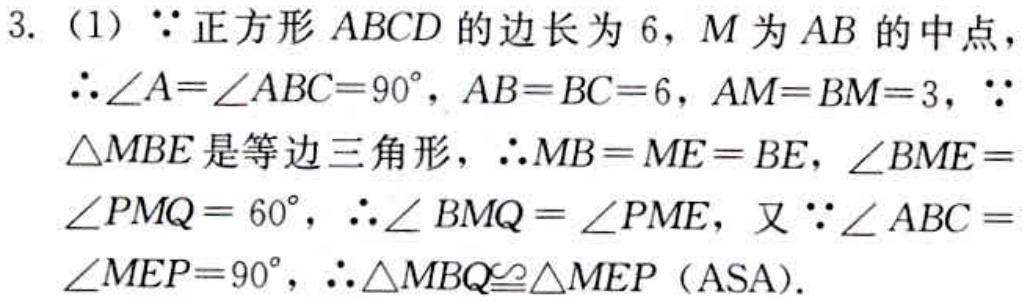
3. (1) $\because$ 正方形 $ABCD$ 的边长为 $6$，$M$ 为 $AB$ 的中点，
$\therefore\angle A = \angle ABC = 90^{\circ}$，$AB = BC = 6$，$AM = BM = 3$，$\because$
$\triangle MBE$ 是等边三角形，$\therefore MB = ME = BE$，$\angle BME =$
$\angle PMQ = 60^{\circ}$，$\therefore\angle BMQ = \angle PME$，又 $\because\angle ABC =$
$\angle MEP = 90^{\circ}$，$\therefore\triangle MBQ\cong\triangle MEP$（ASA）.